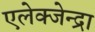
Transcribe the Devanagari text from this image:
एलेक्जेन्द्रा